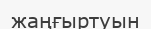
жаңғыртуын